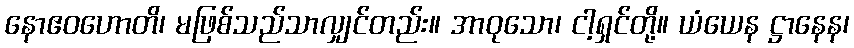
နောဧဝဟောတိ၊ မဖြစ်သည်သာလျှင်တည်း။ အာဝုသော၊ ငါ့ရှင်တို့။ ယံယေန ဋ္ဌာနေန၊